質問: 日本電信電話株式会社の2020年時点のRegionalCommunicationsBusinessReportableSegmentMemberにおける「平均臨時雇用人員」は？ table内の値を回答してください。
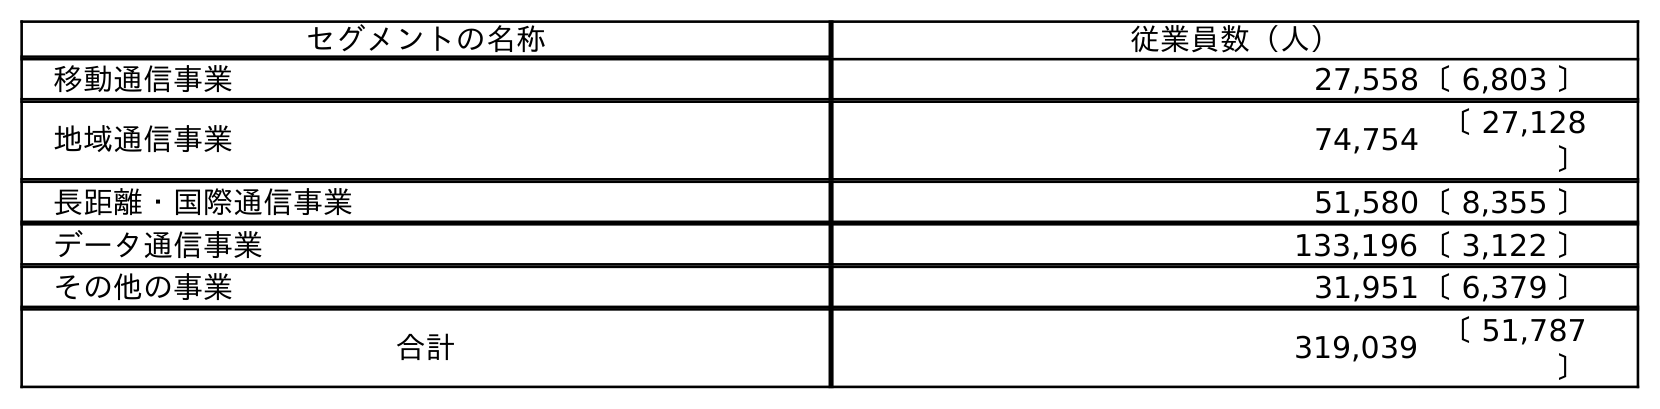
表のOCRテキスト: セグメントの名称 従業員数（人） 移動通信事業 27,558〔 6,803 〕 地域通信事業 74,754 〔 27,128 〕 長距離・国際通信事業 51,580〔 8,355 〕 データ通信事業 133,196〔 3,122 〕 その他の事業 31,951〔 6,379 〕 合計 319,039 〔 51,787 〕
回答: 〔27,128〕